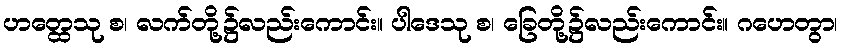
ဟတ္ထေသု စ၊ လက်တို့၌လည်းကောင်း။ ပါဒေသု စ၊ ခြေတို့၌လည်းကောင်း။ ဂဟေတွာ၊